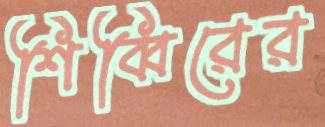
শিব্বিরের